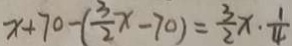
x + 7 0 - ( \frac { 3 } { 2 } x - 7 0 ) = \frac { 3 } { 2 } x \cdot \frac { 1 } { 4 }